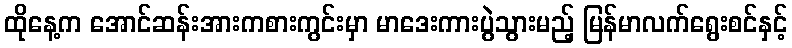
ထိုနေ့က အောင်ဆန်းအားကစားကွင်းမှာ မာဒေးကားပွဲသွားမည့် မြန်မာလက်ရွေးစင်နှင့်